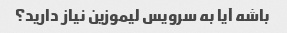
باشه آیا به سرویس لیموزین نیاز دارید؟